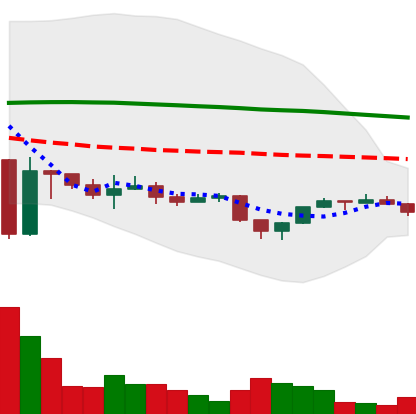
Ticker: ETH-USD
Chart end date: 2022-11-28
Forward return: 6.26%
Label: up_5_7